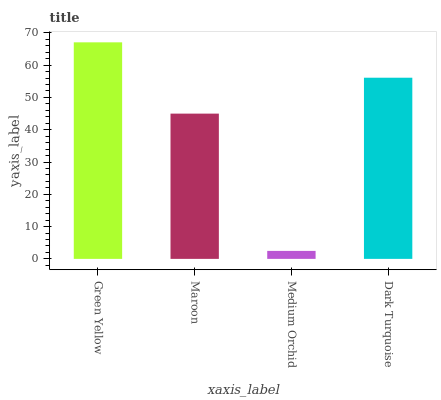
| xaxis_label | bars |
 | --- | --- |
 | Green Yellow | 67.1 |
 | Maroon | 45 |
 | Medium Orchid | 2.47 |
 | Dark Turquoise | 56.1 |